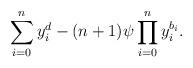
LaTeX: \begin{gather*} \sum_{i=0}^n y_i^d-(n+1)\psi \prod_{i=0}^n y_i^{b_i}.\end{gather*}